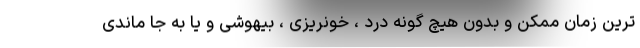
ترین زمان ممکن و بدون هیچ گونه درد ، خونریزی ، بیهوشی و یا به جا ماندی